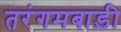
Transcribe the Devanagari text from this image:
तरंगमबाड़ी